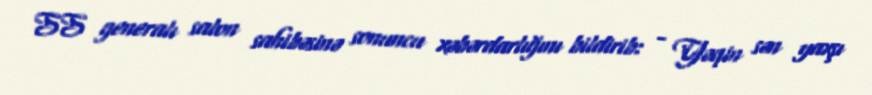
SS generalı salon sahibəsinə sonuncu xəbərdarlığını bildirib: - Yəqin sən yaxşı